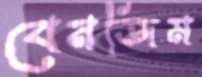
বেনজিম